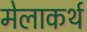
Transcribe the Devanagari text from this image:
मेलाकर्थ